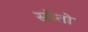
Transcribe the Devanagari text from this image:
सोंतो